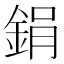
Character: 鋗